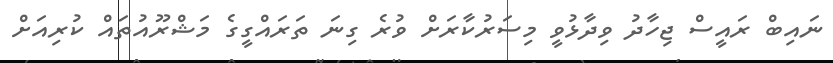
ނައިބް ރައީސް ޖިހާދު ވިދާޅުވީ މިސަރުކާރަށް ވުރެ ގިނަ ތަރައްގީގެ މަޝްރޫއުތައް ކުރިއަށް